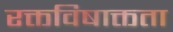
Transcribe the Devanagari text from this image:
रक्तविषाक्तता